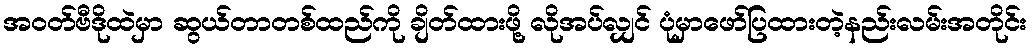
အဝတ်ဗီဒိုထဲမှာ ဆွယ်တာတစ်ထည်ကို ချိတ်ထားဖို့ လိုအပ်လျှင် ပုံမှာဖော်ပြထားတဲ့နည်းလမ်းအတိုင်း